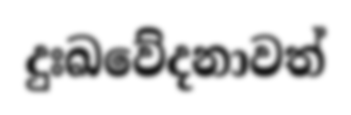
දුඃඛවේදනාවත්